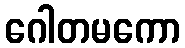
ဂေါတမကော